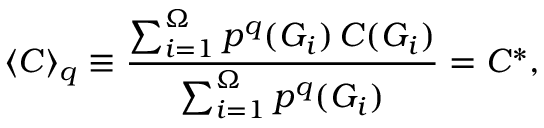
\langle C \rangle _ { q } \equiv \frac { \sum _ { i = 1 } ^ { \Omega } p ^ { q } ( G _ { i } ) \, C ( G _ { i } ) } { \sum _ { i = 1 } ^ { \Omega } p ^ { q } ( G _ { i } ) } = C ^ { * } ,